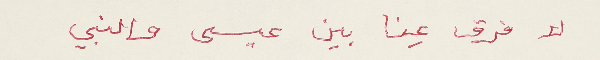
لا فرق عِنا بين عيسى والنبي